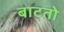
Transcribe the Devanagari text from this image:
बाटतो